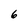
Character: 6